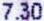
7.30